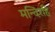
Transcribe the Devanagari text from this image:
मन्दिरहि